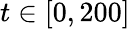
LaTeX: t\in[0,200]